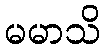
မမာသိ